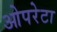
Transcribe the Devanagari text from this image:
ओपरेटा